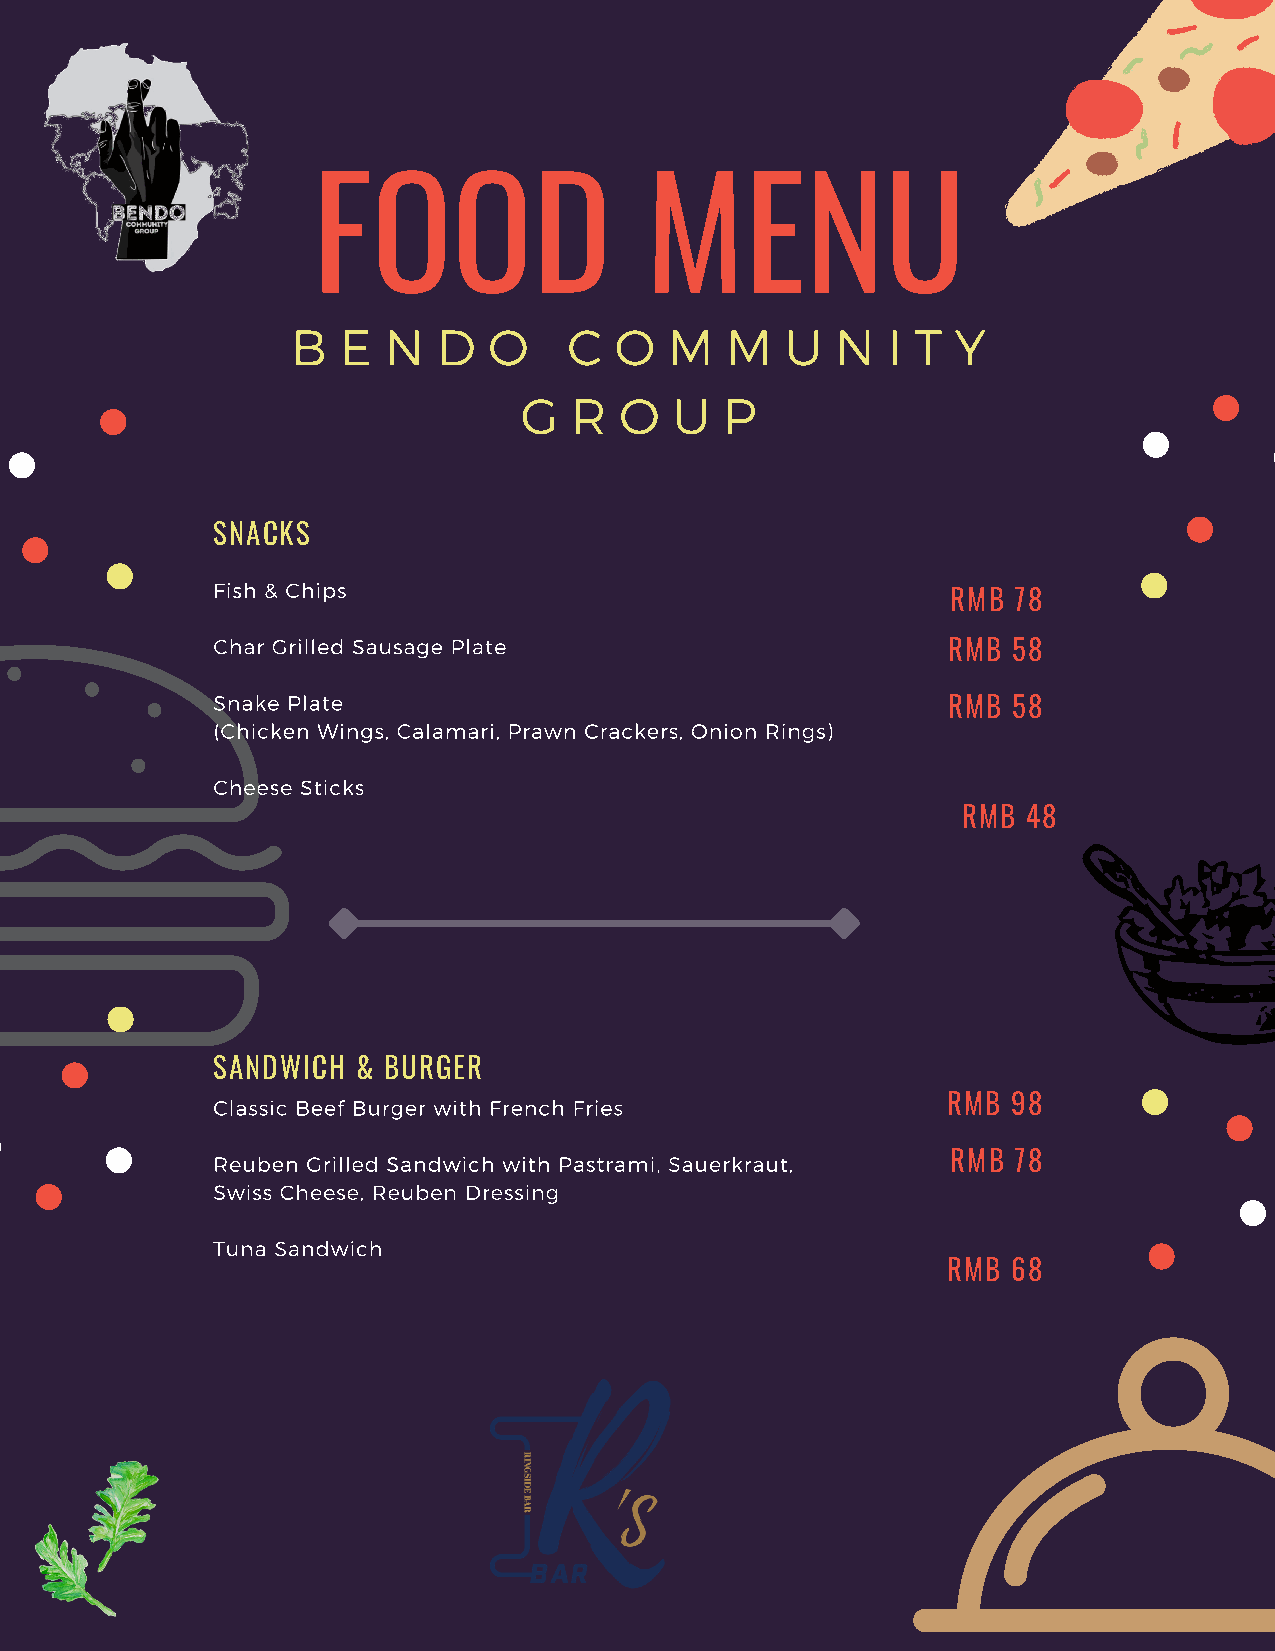
FOOD                  MENU
 B  E  N   D  O     C  O  M   M   U  N   I T Y
 G   R  O   U  P
 SNACKS
 Fish & Chips
 RMB 78
 Char Grilled Sausage Plate
 RMB 58
 Snake Plate
 RMB 58
 (Chicken Wings, Calamari, Prawn Crackers, Onion Rings)
 Cheese Sticks
 RMB 48
 SANDWICH  & BURGER
 Classic Beef Burger with French Fries            RMB 98
 Reuben Grilled Sandwich with Pastrami, Sauerkraut, RMB 78
 Swiss Cheese, Reuben Dressing
 Tuna Sandwich
 RMB 68